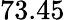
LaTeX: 73.45